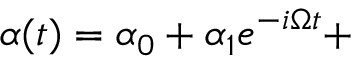
\alpha ( t ) = \alpha _ { 0 } + \alpha _ { 1 } e ^ { - i \Omega t } +